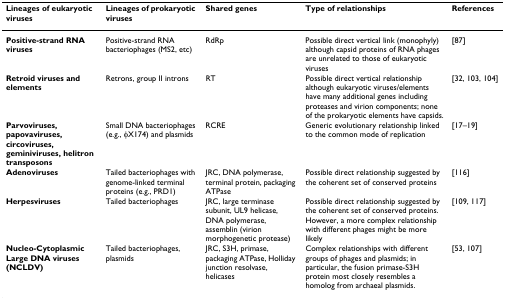
<table><thead><tr><td><b>Lineages of eukaryotic viruses</b></td><td><b>Lineages of prokaryotic viruses</b></td><td><b>Shared genes</b></td><td><b>Type of relationships</b></td><td><b>References</b></td></tr></thead><tbody><tr><td><b>Positive-strand RNA viruses</b></td><td>Positive-strand RNA bacteriophages (MS2, etc)</td><td>RdRp</td><td>Possible direct vertical link (monophyly) although capsid proteins of RNA phages are unrelated to those of eukaryotic viruses</td><td>[87]</td></tr><tr><td><b>Retroid viruses and elements</b></td><td>Retrons, group II introns</td><td>RT</td><td>Possible direct vertical relationship although eukaryotic viruses/elements have many additional genes including proteases and virion components; none of the prokaryotic elements have capsids.</td><td>[32, 103, 104]</td></tr><tr><td><b>Parvoviruses, papovaviruses, circoviruses, geminiviruses, helitron transposons</b></td><td>Small DNA bacteriophages (e.g., φX174) and plasmids</td><td>RCRE</td><td>Generic evolutionary relationship linked to the common mode of replication</td><td>[17–19]</td></tr><tr><td><b>Adenoviruses</b></td><td>Tailed bacteriophages with genome-linked terminal proteins (e.g., PRD1)</td><td>JRC, DNA polymerase, terminal protein, packaging ATPase</td><td>Possible direct relationship suggested by the coherent set of conserved proteins</td><td>[116]</td></tr><tr><td><b>Herpesviruses</b></td><td>Tailed bacteriophages</td><td>JRC, large terminase subunit, UL9 helicase, DNA polymerase, assemblin (virion morphogenetic protease)</td><td>Possible direct relationship suggested by the coherent set of conserved proteins. However, a more complex relationship with different phages might be more likely</td><td>[109, 117]</td></tr><tr><td><b>Nucleo-Cytoplasmic Large DNA viruses (NCLDV)</b></td><td>Tailed bacteriophages, plasmids</td><td>JRC, S3H, primase, packaging ATPase, Holliday junction resolvase, helicases</td><td>Complex relationships with different groups of phages and plasmids; in particular, the fusion primase-S3H protein most closely resembles a homolog from archaeal plasmids.</td><td>[53, 107]</td></tr></tbody></table>